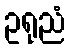
ဥရုညံ